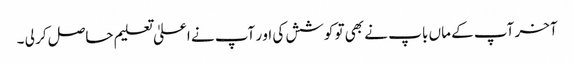
آخر آپ کے ماں با پ نے بھی تو کوشش کی او ر آپ نے اعلیٰ تعلیم حاصل کر لی ۔